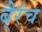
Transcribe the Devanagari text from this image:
बै्रंच